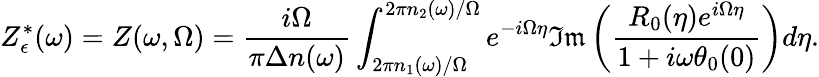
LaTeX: Z_{\epsilon}^{*}(\omega)=Z(\omega,\Omega)=\frac{i\Omega}{\pi\Delta n(\omega)}\int_{2\pi n_{1}(\omega)/\Omega}^{2\pi n_{2}(\omega)/\Omega}e^{-i\Omega\eta}\mathfrak{Im}\left(\frac{R_{0}(\eta)e^{i\Omega\eta}}{1+i\omega\theta_{0}(0)}\right)d\eta.